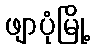
ဖျာပုံမြို့